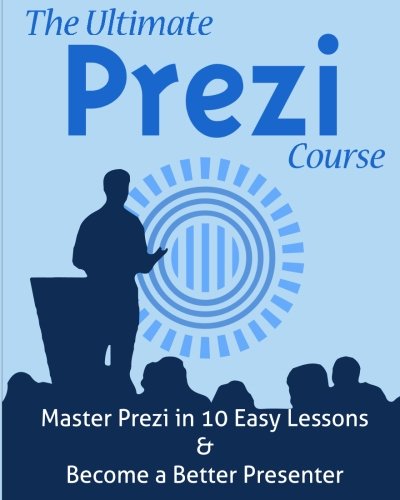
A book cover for The Ultimate Prezi Course: Master Prezi in 10 Easy Lessons; Eng Said Arar; Computers & Technology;